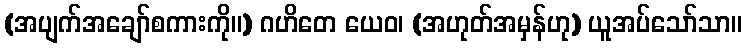
(အပျက်အချော်စကားကို။) ဂဟိတေ ယေဝ၊ (အဟုတ်အမှန်ဟု) ယူအပ်သော်သာ။